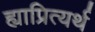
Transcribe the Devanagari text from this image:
ह्याप्रित्यर्थ